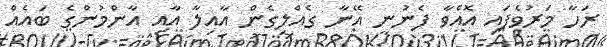
ރަހާ މަރުވެފައި އޮއްވާ ފެނުނީ އޭނާ ގެއްލިގެން އާއިލާ އާއި އާންމުންގެ ބައެއް